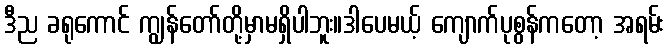
ဒီည ခရုကောင် ကျွန်တော်တို့မှာမရှိပါဘူး။ဒါပေမယ့် ကျောက်ပုစွန်ကတော့ အရမ်း